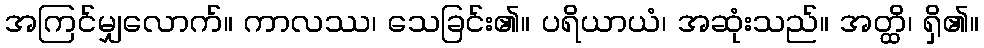
အကြင်မျှလောက်။ ကာလဿ၊ သေခြင်း၏။ ပရိယာယံ၊ အဆုံးသည်။ အတ္ထိ၊ ရှိ၏။